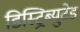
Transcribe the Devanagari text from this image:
डिस्ट्रिब्युटेड